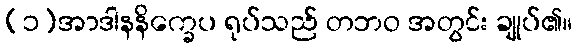
(၁)အာဒါနနိက္ခေပ ရုပ်သည် တဘဝ အတွင်း ချုပ်၏။